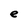
Character: e